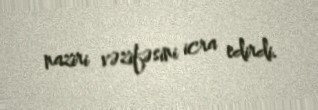
naziri vəzifəsini icra edirdi.